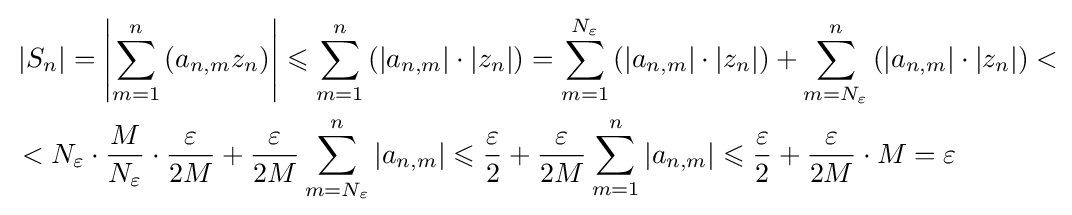
{\begin{aligned}&\left|S_{n}\right|=\left|\sum _{m=1}^{n}\left(a_{n,m}z_{n}\right)\right|\leqslant \sum _{m=1}^{n}\left(\left|a_{n,m}\right|\cdot \left|z_{n}\right|\right)=\sum _{m=1}^{N_{\varepsilon }}\left(\left|a_{n,m}\right|\cdot \left|z_{n}\right|\right)+\sum _{m=N_{\varepsilon }}^{n}\left(\left|a_{n,m}\right|\cdot \left|z_{n}\right|\right)<\\&<N_{\varepsilon }\cdot {\frac {M}{N_{\varepsilon }}}\cdot {\frac {\varepsilon }{2M}}+{\frac {\varepsilon }{2M}}\sum _{m=N_{\varepsilon }}^{n}\left|a_{n,m}\right|\leqslant {\frac {\varepsilon }{2}}+{\frac {\varepsilon }{2M}}\sum _{m=1}^{n}\left|a_{n,m}\right|\leqslant {\frac {\varepsilon }{2}}+{\frac {\varepsilon }{2M}}\cdot M=\varepsilon \end{aligned}}